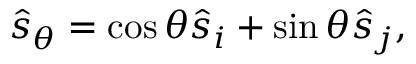
\begin{array} { r } { \hat { s } _ { \theta } = \cos \theta \hat { s } _ { i } + \sin \theta \hat { s } _ { j } , } \end{array}